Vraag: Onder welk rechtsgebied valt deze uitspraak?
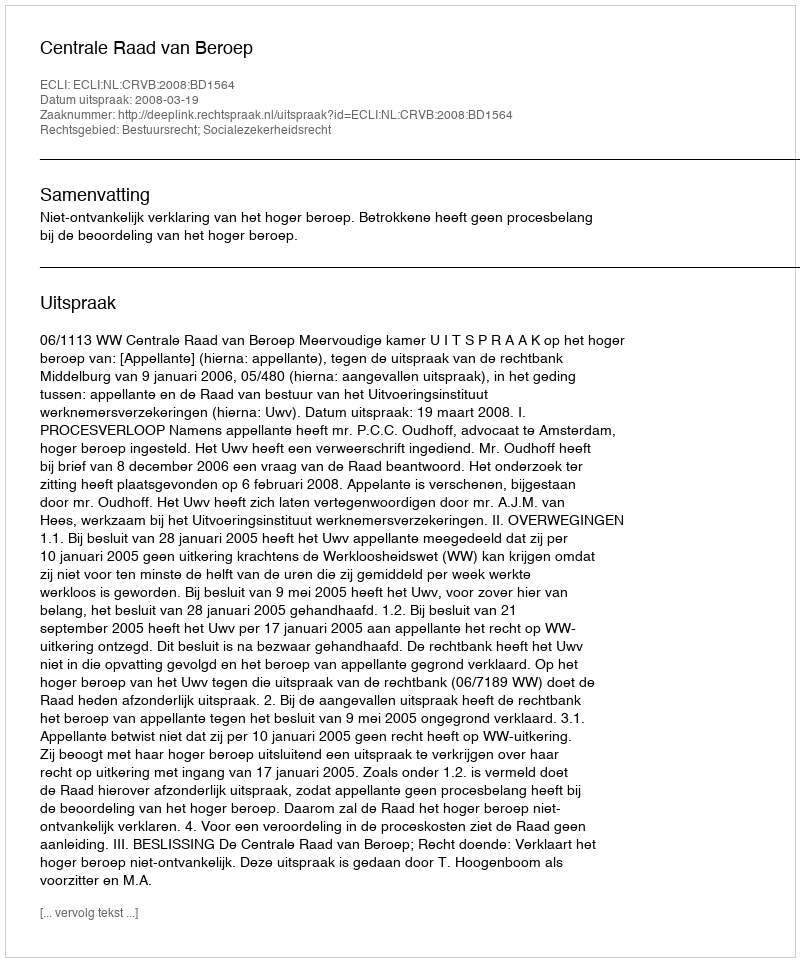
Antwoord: Bestuursrecht; Socialezekerheidsrecht